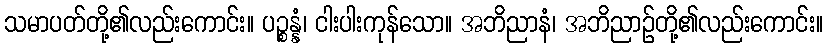
သမာပတ်တို့၏လည်းကောင်း။ ပဉ္စန္နံ၊ ငါးပါးကုန်သော။ အဘိညာနံ၊ အဘိညာဉ်တို့၏လည်းကောင်း။